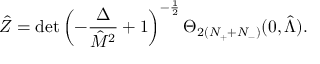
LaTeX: \hat { \cal Z } = \operatorname * { d e t } \left( - { \frac { \Delta } { \hat { M } ^ { 2 } } } + 1 \right) ^ { - { \frac { 1 } { 2 } } } \Theta _ { 2 ( N _ { + } + N _ { - } ) } ( 0 , \hat { \Lambda } ) .